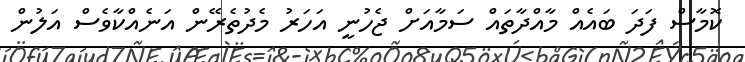
ކޮމާސް ފަދަ ބައެއް މާއްދާތައް ސަމާއަށް ޖެހުނީ އަހަރު މެދުތެރޭން އަނެއްކާވެސް އަލުން